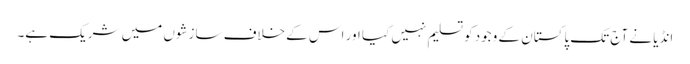
انڈیا نے آج تک پاکستان کے وجود کو تسلیم نہیں کیا اور اس کے خلاف سازشوں میں شریک ہے۔